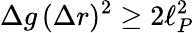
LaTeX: \Delta g\, (\Delta r)^{2}\geq 2\ell_{P}^{2}